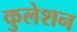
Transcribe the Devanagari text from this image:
कुलेशन